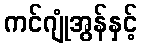
ကင်ဂျုံအွန်နှင့်